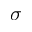
\sigma